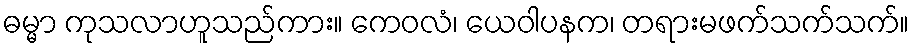
ဓမ္မာ ကုသလာဟူသည်ကား။ ကေဝလံ၊ ယေဝါပနက၊ တရားမဖက်သက်သက်။